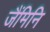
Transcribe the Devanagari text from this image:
जैंमिनि